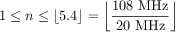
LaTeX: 1 \leq n \leq \lfloor 5 . 4 \rfloor = \left\lfloor { \frac { 1 0 8 \ \mathrm { M H z } } { 2 0 \ \mathrm { M H z } } } \right\rfloor